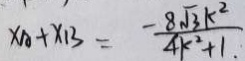
x _ { A } + x _ { B } = \frac { - 8 \sqrt { 3 } k ^ { 2 } } { 4 k ^ { 2 } + 1 \cdot }